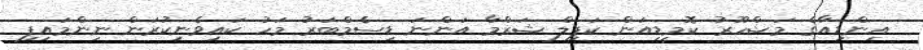
އިންޑިއާގެ މަޝްހޫރު ކޮމީޑިއަން ކަޕިލް ޝަރްމާ އަންނަ ޑިސެމްބަރު މަހު ކައިވެނިކުރަން ނިންމައިފި